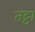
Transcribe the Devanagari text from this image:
तट्टा